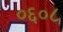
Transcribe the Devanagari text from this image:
०६०८